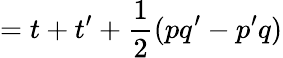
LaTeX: =t+t^{\prime}+{\frac{1}{2}}(pq^{\prime}-p^{\prime}q)